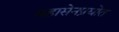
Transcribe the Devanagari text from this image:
महासेनप्रद्योत